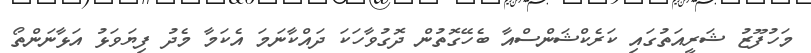
މަހުފޫޒު ޝަރީއަތުގައި ކަރެކްޝަންސްއާ ބެހޭގޮތުން ދޮގުވާހަކަ ދައްކާނަމަ އެކަމާ މެދު ފިޔަވަޅު އަޅާނަންތޯ